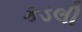
કડલી